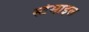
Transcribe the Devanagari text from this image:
स्टेमाइल